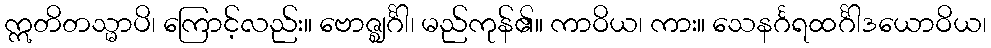
ဣတိတသ္မာပိ၊ ကြောင့်လည်း။ ဗောဇ္ဈင်္ဂါ၊ မည်ကုန်၏။ ကာဝိယ၊ ကား။ သေနင်္ဂရထင်္ဂါဒယောဝိယ၊